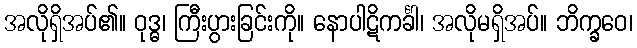
အလိုရှိအပ်၏။ ဝုဒ္ဓ၊ ကြီးပွားခြင်းကို။ နောပါဋိကင်္ခါ၊ အလိုမရှိအပ်။ ဘိက္ခဝေ၊